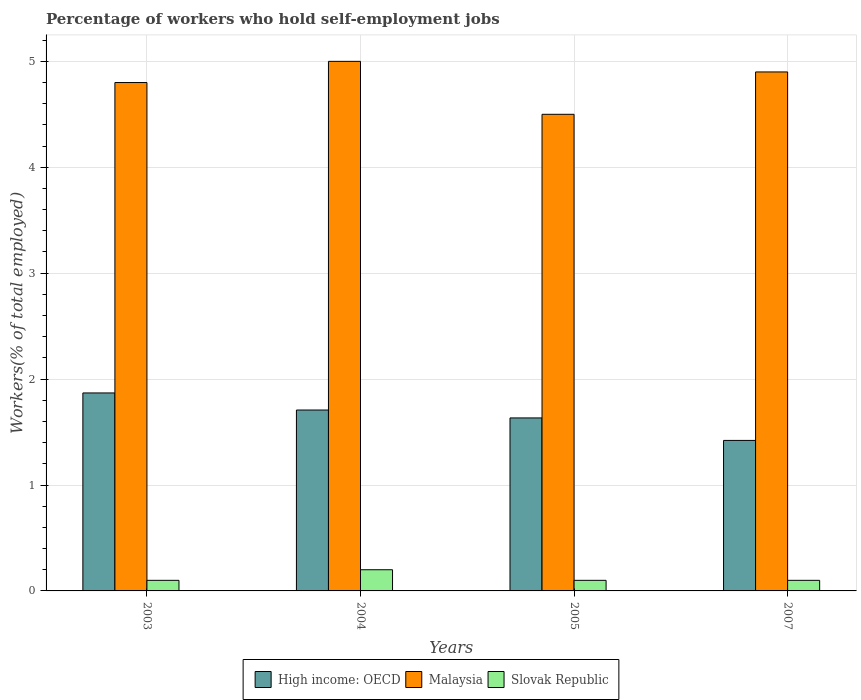
| Years | High income: OECD | Malaysia | Slovak Republic |
 | --- | --- | --- | --- |
 | 2003 | 1.87 | 4.8 | 0.1 |
 | 2004 | 1.71 | 5 | 0.2 |
 | 2005 | 1.63 | 4.5 | 0.1 |
 | 2007 | 1.42 | 4.9 | 0.1 |